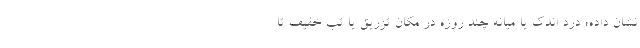
نشان داده؛ درد اندک یا میانه چند روزه در مکان تزریق یا تب خفیف تا